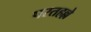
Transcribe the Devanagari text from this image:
परतहल्ले